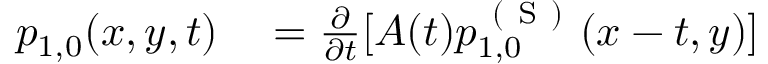
\begin{array} { r l } { p _ { 1 , 0 } ( x , y , t ) } & { { } = \frac { \partial } { \partial t } [ A ( t ) p _ { 1 , 0 } ^ { \mathrm { ~ ( ~ S ~ ) ~ } } ( x - t , y ) ] } \end{array}